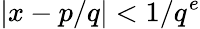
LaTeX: |x-p/q|<1/q^{e}